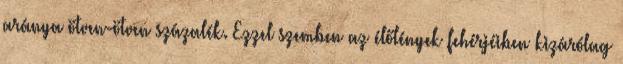
aránya ötven-ötven százalék. Ezzel szemben az élőlények fehérjéiben kizárólag